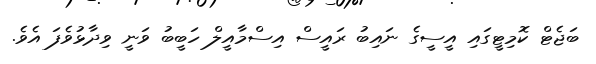
ބަޖެޓް ކޮމިޓީގައި އީސީގެ ނައިބު ރައީސް އިސްމާއީލް ހަބީބު ވަނީ ވިދާޅުވެފަ އެވެ.